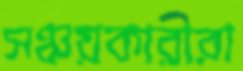
সঞ্চয়কারীরা